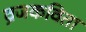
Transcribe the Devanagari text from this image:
व्रजकविता